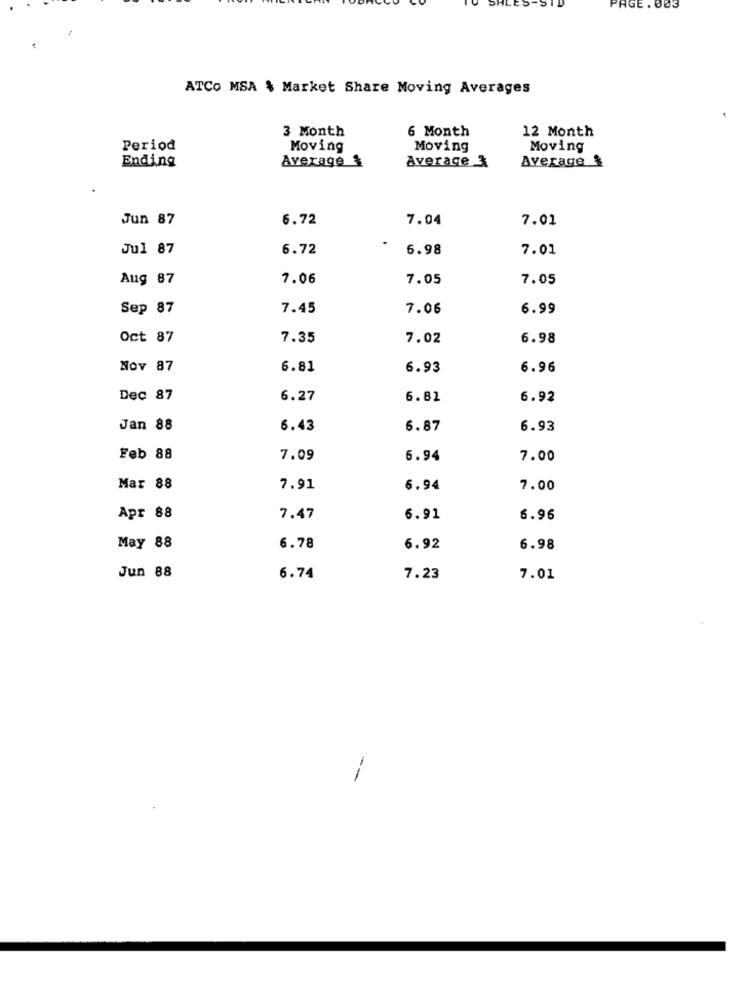
PAGE . 003
ATCO MSA $ Market Share Moving Averages
3 Month
6 Month
12 Month
Period
Moving
Moving
Moving
Ending
Average 1
Average &
Average &
Jun 87
6.72
7.04
7.01
Jul 87
6.72
6.98
7.01
Aug 87
7.06
7.05
7.05
Sep 87
7.45
7.06
6.99
Oct 87
7.35
7.02
6.98
NOY 87
6.81
6.93
6.96
Dec 87
6.27
6.82
6.92
Jan 88
6.43
6.87
6.93
Feb 88
7.09
6.94
7.00
Mar 88
7.91
6.94
7.00
Apr 88
7.47
6.91
6.96
May 88
6.78
6.92
6.98
Jun 88
6.74
7.23
7.01
--